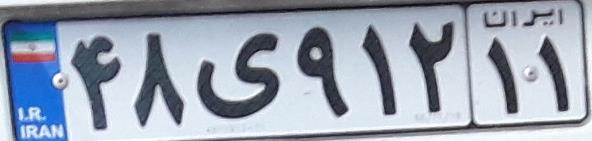
۴۸ی۹۱۲۱۱